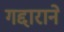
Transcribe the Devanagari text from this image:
गद्दाराने